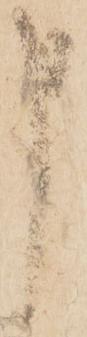
申